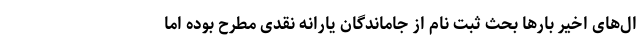
ال‌های اخیر بارها بحث ثبت نام از جاماندگان یارانه نقدی مطرح بوده اما